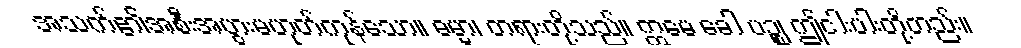
အသက်၏အစီးအပွားမဟုတ်ကုန်သော။ ဓမ္မာ၊ တရားတို့သည်။ ဣမေ ခေါ ပဉ္စ၊ ဤငါးပါးတို့တည်း။